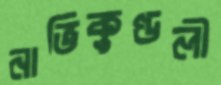
নাভিকুণ্ডলী